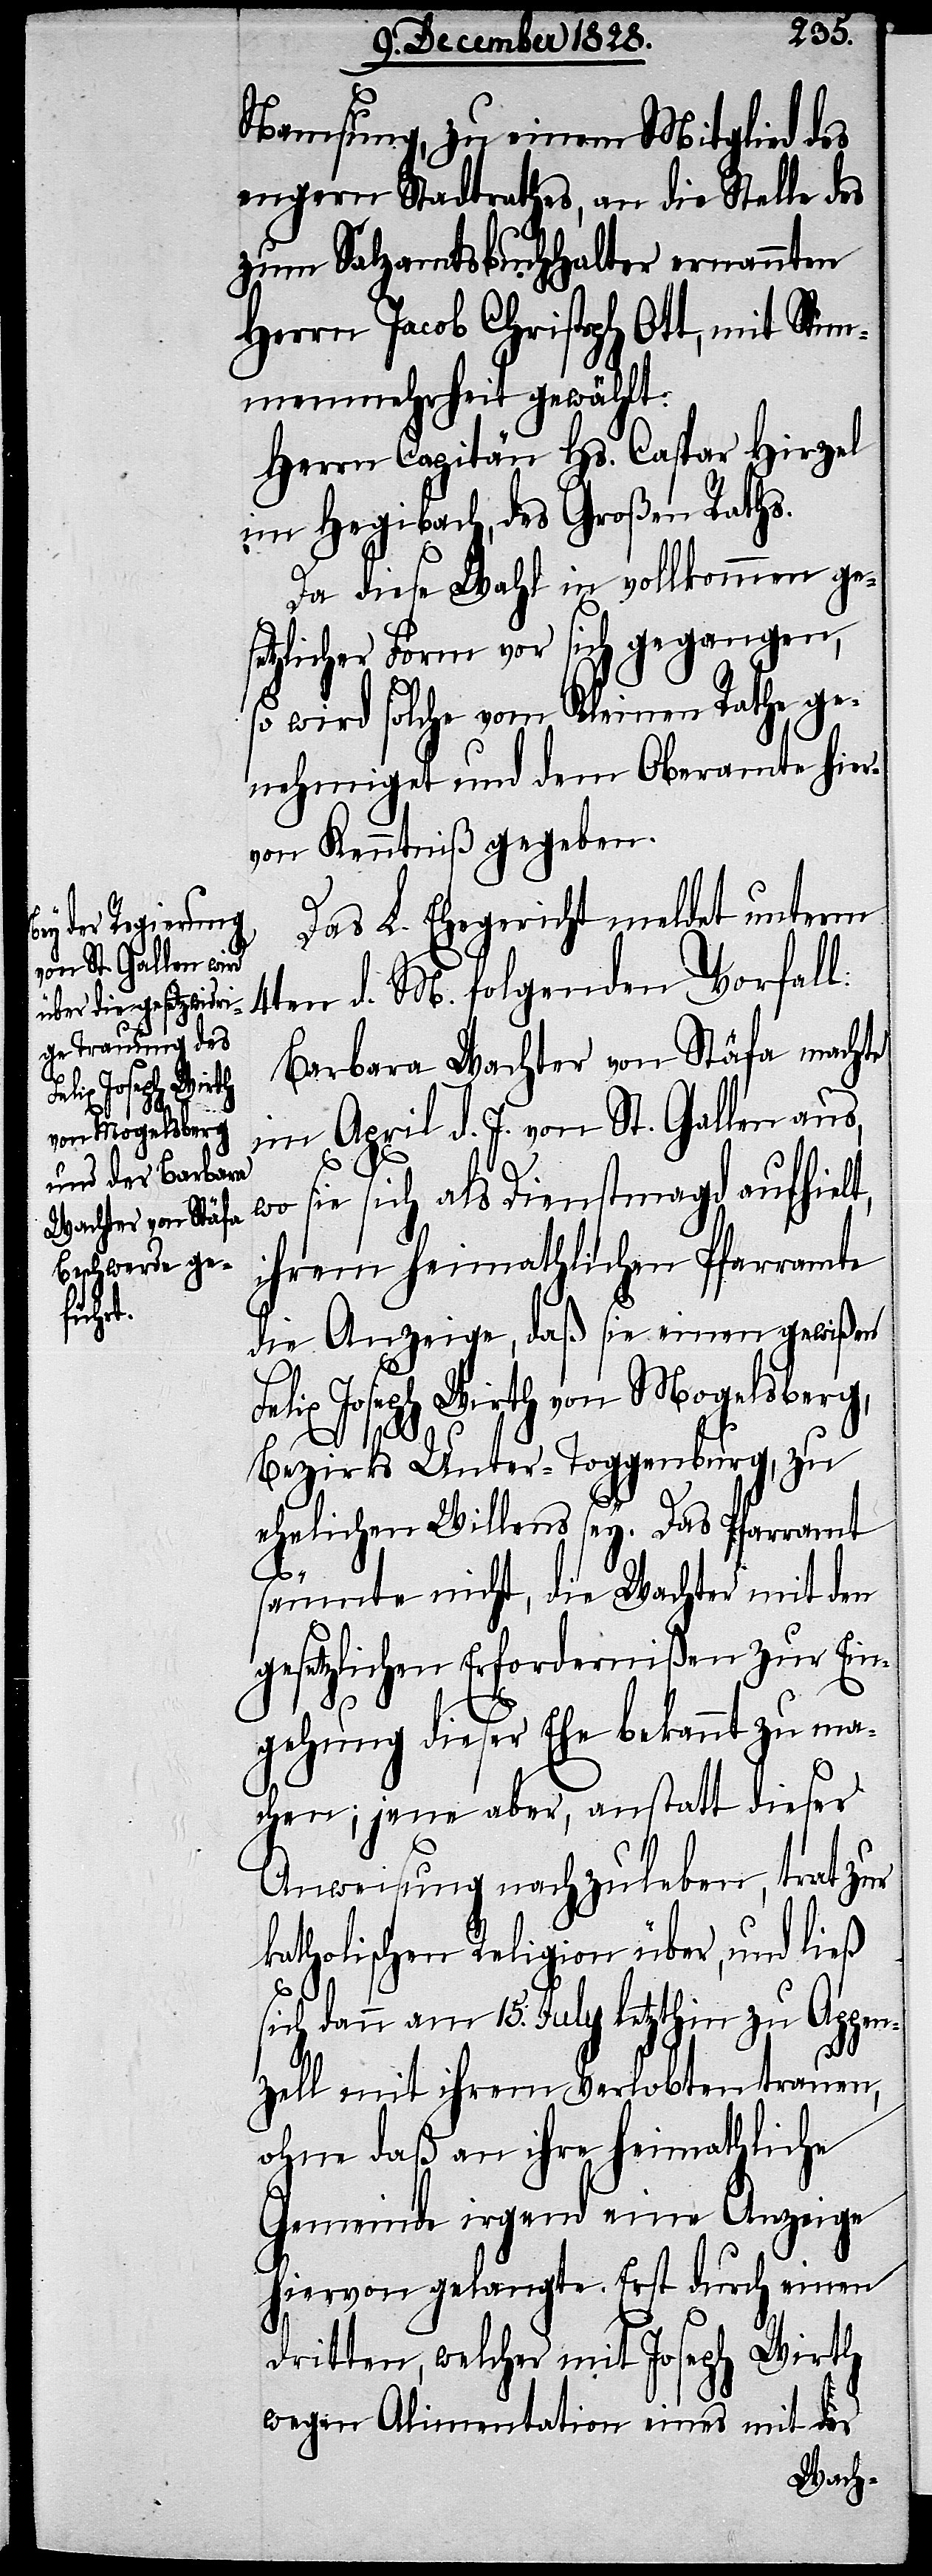
Namsung, zu einem Mitglied des
engern Stadtrathes, an die Stelle des
zum Salzamtsbuchhalter ernannten
Herrn Jacob Christoph Ott, mit Stim¬
menmehrheit gewählt:
Herrn Capitän Hs. Caspar Hirzel
im Hegibach, des Großen Raths.
Da diese Wahl in vollkommen ges¬
etzlicher Form vor sich gegangen,
so wird solche vom Kleinen Rathe ge¬
nehmiget und dem Oberamte hier¬
von Kenntniß gegeben.
Das L. Ehegericht meldet unterm
4ten d. M. folgenden Vorfall:
Barbara Wachter von Stäfa machte
im April d. J. von St. Gallen aus,
wo sie sich als Dienstmagd aufhielt,
ihrem heimathlichen Pfarramte
die Anzeige, daß sie einen gewißen
Felix Joseph Wirth von Mogelsberg,
Bezirks Unter-Toggenburg, zu
ehelichen Willens sey. Das Pfarramt
säumte nicht, die Wachter mit den
gesetzlichen Erfordernißen zu Ein¬
gehung dieser Ehe bekannt zu mac¬
hen; jene aber, anstatt dieser
Anweisung nachzuleben, trat zur
katholischen Religion über, und ließ
sich dann am 15. July letzthin zu Appen¬
zell mit ihrem Verlobten trauen,
ohne daß an ihre heimathliche
Gemeinde irgend eine Anzeige
hiervon gelangte. Erst durch einen
dritten, welcher mit Joseph Wirth
wegen Alimentation eines mit der